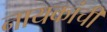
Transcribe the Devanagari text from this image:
नायकांची